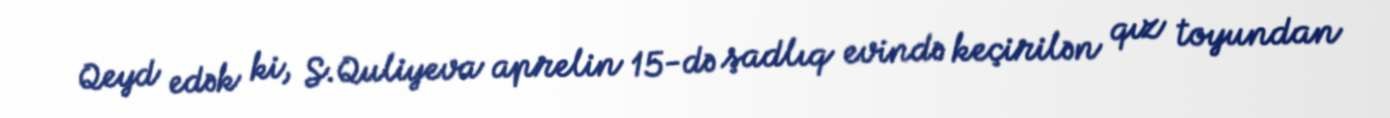
Qeyd edək ki, S.Quliyeva aprelin 15-də şadlıq evində keçirilən qız toyundan